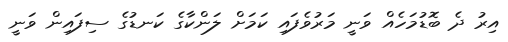
އިރު ދެ ބޮޑުމަހެއް ވަނީ މަރުވެފައި ކަމަށް ލަންކާގެ ކަނޑުގެ ސިފައިން ވަނީ